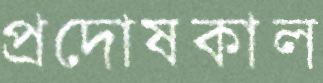
প্রদোষকাল